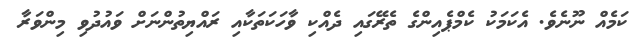
ކަމެއް ނޫނެވެ. އެކަމަކު ކެމްޕެއިންގެ ތެރޭގައި ދެއްކި ވާހަކަތަކާއި ރައްޔިތުންނަށް ވައުދުވި މިންވަރާ